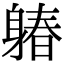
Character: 𨉩